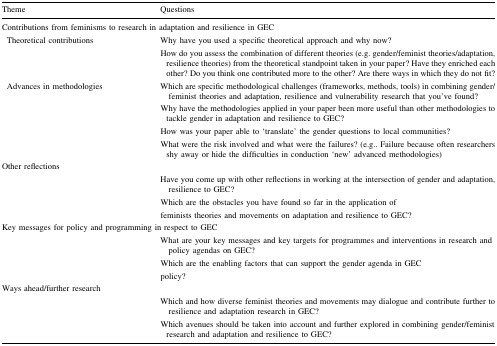
<table><thead><tr><td><b>Theme</b></td><td><b>Questions</b></td></tr></thead><tbody><tr><td colspan="2">Contributions from feminisms to research in adaptation and resilience in GEC</td></tr><tr><td> Theoretical contributions</td><td>Why have you used a specific theoretical approach and why now?How do you assess the combination of different theories (e.g. gender/feminist theories/adaptation, resilience theories) from the theoretical standpoint taken in your paper? Have they enriched each other? Do you think one contributed more to the other? Are there ways in which they do not fit?</td></tr><tr><td> Advances in methodologies</td><td>Which are specific methodological challenges (frameworks, methods, tools) in combining gender/feminist theories and adaptation, resilience and vulnerability research that you’ve found?Why have the methodologies applied in your paper been more useful than other methodologies to tackle gender in adaptation and resilience to GEC?How was your paper able to ‘translate’ the gender questions to local communities?What were the risk involved and what were the failures? (e.g.. Failure because often researchers shy away or hide the difficulties in conduction ‘new’ advanced methodologies)</td></tr><tr><td colspan="2">Other reflections</td></tr><tr><td></td><td>Have you come up with other reflections in working at the intersection of gender and adaptation, resilience to GEC?Which are the obstacles you have found so far in the application offeminists theories and movements on adaptation and resilience to GEC?</td></tr><tr><td colspan="2">Key messages for policy and programming in respect to GEC</td></tr><tr><td></td><td>What are your key messages and key targets for programmes and interventions in research and policy agendas on GEC?Which are the enabling factors that can support the gender agenda in GECpolicy?</td></tr><tr><td colspan="2">Ways ahead/further research</td></tr><tr><td></td><td>Which and how diverse feminist theories and movements may dialogue and contribute further to resilience and adaptation research in GEC?Which avenues should be taken into account and further explored in combining gender/feminist research and adaptation and resilience to GEC?</td></tr></tbody></table>